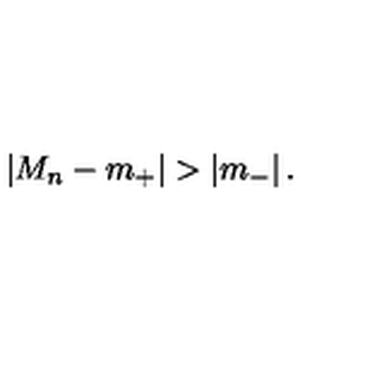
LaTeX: \left| M _ { n } - m _ { + } \right| > \left| m _ { - } \right| .